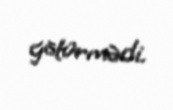
götürmədi.